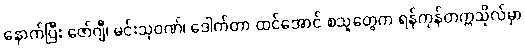
နောက်ပြီး ဇော်ဂျီ၊ မင်းသုဝဏ်၊ ဒေါက်တာ ထင်အောင် စသူတွေက ရန်ကုန်တက္ကသိုလ်မှာ